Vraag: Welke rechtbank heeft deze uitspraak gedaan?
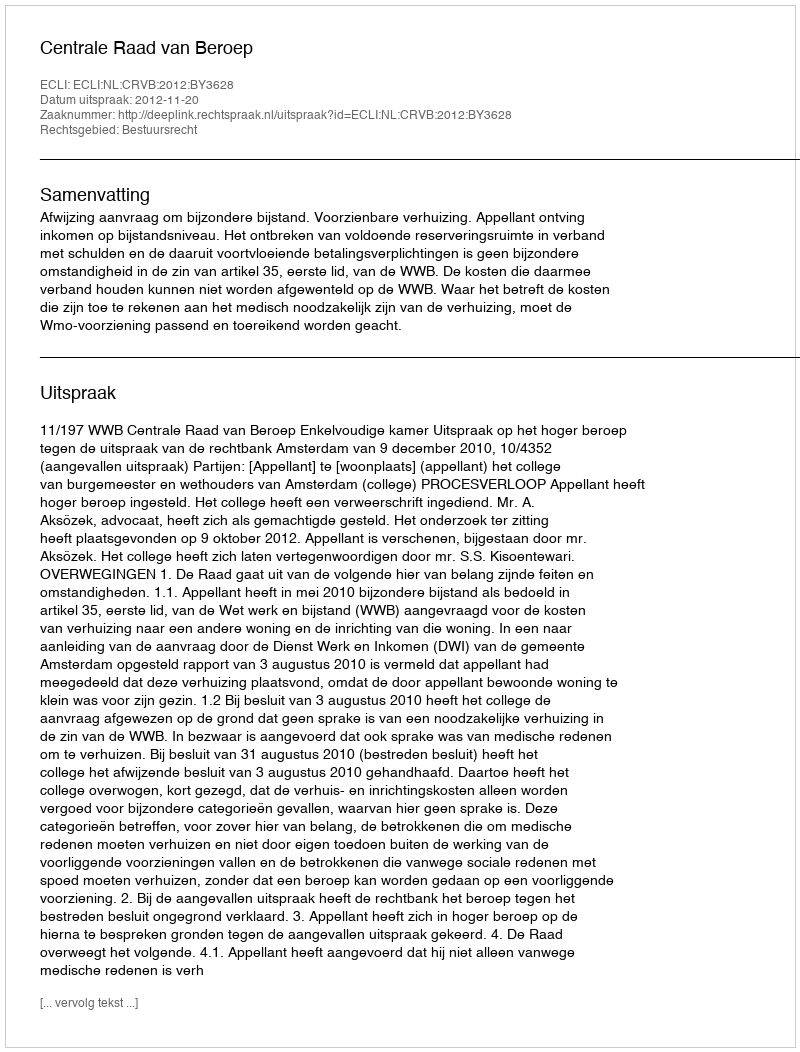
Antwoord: Centrale Raad van Beroep